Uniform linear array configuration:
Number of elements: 64
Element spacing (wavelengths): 0.5
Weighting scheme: blackman
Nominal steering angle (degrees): -15
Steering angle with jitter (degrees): -13.551
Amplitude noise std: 0.05
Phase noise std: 0.05

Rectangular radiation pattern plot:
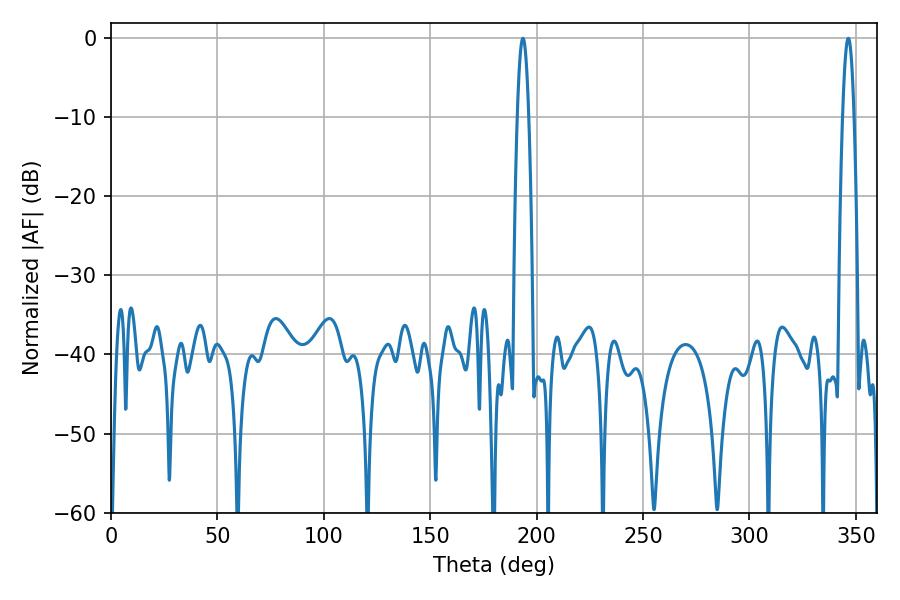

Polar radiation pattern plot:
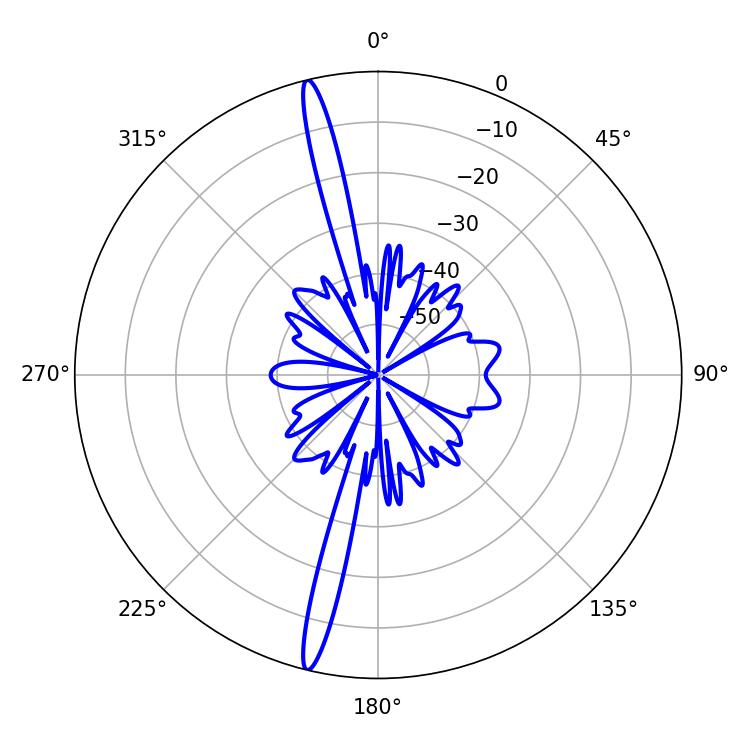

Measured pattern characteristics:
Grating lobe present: FALSE
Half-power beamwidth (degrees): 2.88
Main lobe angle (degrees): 193.5